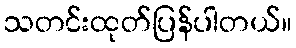
သတင်းထုတ်ပြန်ပါတယ်။